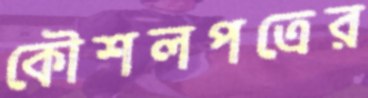
কৌশলপত্রের